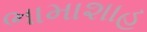
ભામાશાહ